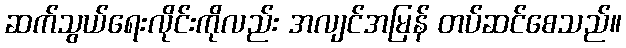
ဆက်သွယ်ရေးလိုင်းကိုလည်း အလျင်အမြန် တပ်ဆင်စေသည်။